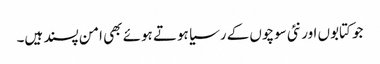
جو کتابوں اور نئی سوچوں کے رسیا ہوتے ہوئے بھی امن پسند ہیں۔